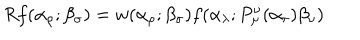
R f ( \alpha _ { \rho } ; \beta _ { \sigma } ) = w ( \alpha _ { \rho } ; \beta _ { \sigma } ) f ( \alpha _ { \lambda } ; P _ { \mu } ^ { \nu } ( \alpha _ { \tau } ) \beta _ { \nu } )